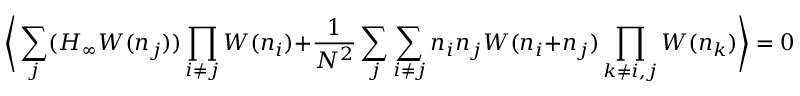
\bigg \langle \sum _ { j } ( H _ { \infty } W ( n _ { j } ) ) \prod _ { i \not = j } W ( n _ { i } ) + { \frac { 1 } { N ^ { 2 } } } \sum _ { j } \sum _ { i \not = j } n _ { i } n _ { j } W ( n _ { i } + n _ { j } ) \prod _ { k \not = i , j } W ( n _ { k } ) \bigg \rangle = 0